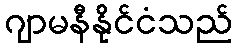
ဂျာမနီနိုင်ငံသည်